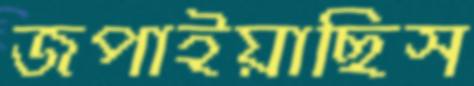
জপাইয়াছিস